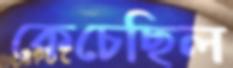
কেচেছিল